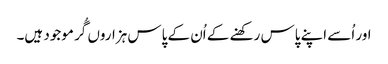
اور اُسے اپنے پاس رکھنے کے اُن کے پاس ہزاروں گُر موجود ہیں۔